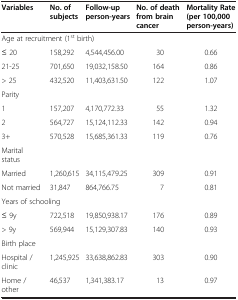
<table><thead><tr><td><b>Variables</b></td><td><b>No. of subjects</b></td><td><b>Follow-up person-years</b></td><td><b>No. of death from brain cancer</b></td><td><b>Mortality Rate (per 100,000 person-years)</b></td></tr></thead><tbody><tr><td colspan="3">Age at recruitment (1<sup>st</sup> birth)</td><td> </td><td> </td></tr><tr><td>≤ 20</td><td>158,292</td><td>4,544,456.00</td><td>30</td><td>0.66</td></tr><tr><td>21-25</td><td>701,650</td><td>19,032,158.50</td><td>164</td><td>0.86</td></tr><tr><td>&gt; 25</td><td>432,520</td><td>11,403,631.50</td><td>122</td><td>1.07</td></tr><tr><td>Parity</td><td> </td><td> </td><td> </td><td> </td></tr><tr><td>1</td><td>157,207</td><td>4,170,772.33</td><td>55</td><td>1.32</td></tr><tr><td>2</td><td>564,727</td><td>15,124,112.33</td><td>142</td><td>0.94</td></tr><tr><td>3+</td><td>570,528</td><td>15,685,361.33</td><td>119</td><td>0.76</td></tr><tr><td>Marital status</td><td> </td><td> </td><td> </td><td> </td></tr><tr><td>Married</td><td>1,260,615</td><td>34,115,479.25</td><td>309</td><td>0.91</td></tr><tr><td>Not married</td><td>31,847</td><td>864,766.75</td><td>7</td><td>0.81</td></tr><tr><td colspan="2">Years of schooling</td><td> </td><td> </td><td> </td></tr><tr><td>≤ 9y</td><td>722,518</td><td>19,850,938.17</td><td>176</td><td>0.89</td></tr><tr><td>&gt; 9y</td><td>569,944</td><td>15,129,307.83</td><td>140</td><td>0.93</td></tr><tr><td>Birth place</td><td> </td><td> </td><td> </td><td> </td></tr><tr><td>Hospital / clinic</td><td>1,245,925</td><td>33,638,862.83</td><td>303</td><td>0.90</td></tr><tr><td>Home / other</td><td>46,537</td><td>1,341,383.17</td><td>13</td><td>0.97</td></tr></tbody></table>